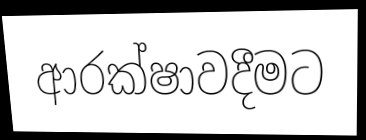
ආරක්ෂාවදීමට